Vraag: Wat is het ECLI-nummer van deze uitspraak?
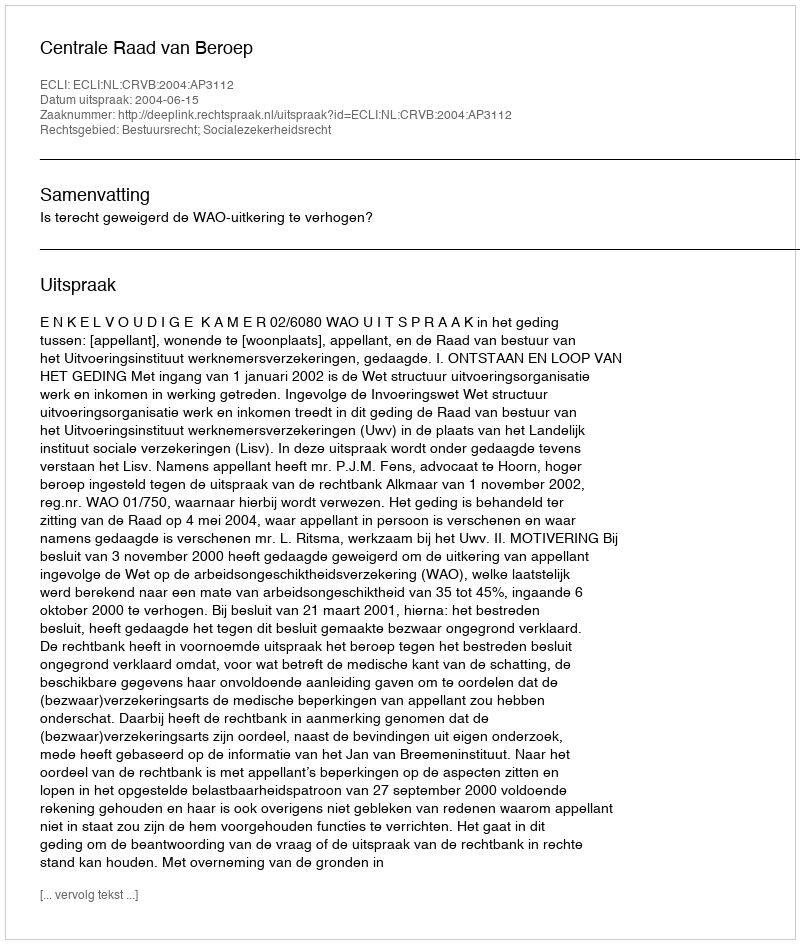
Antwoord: ECLI:NL:CRVB:2004:AP3112